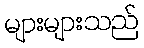
များများသည်